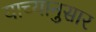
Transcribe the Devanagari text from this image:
याच्यानुसार